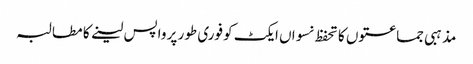
مذہبی جماعتوں کا تحفظ نسواں ایکٹ کو فوری طور پر واپس لینے کا مطالبہ